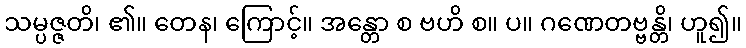
သမ္ပဇ္ဇတိ၊ ၏။ တေန၊ ကြောင့်။ အန္တော စ ဗဟိ စ။ ပ။ ဂဏေတဗ္ဗန္တိ၊ ဟူ၍။